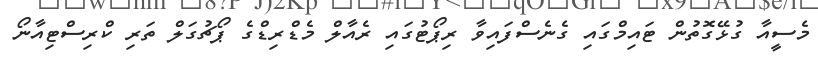
މެސީއާ ގުޅޭގޮތުން ޓައިމްގައި ގެނެސްފައިވާ ރިޕޯޓުގައި ރެއާލް މެޑްރިޑްގެ ޕޯޗުގަލް ތަރި ކްރިސްޓިއާނޯ